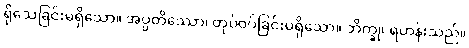
ရိုသေခြင်းမရှိသော။ အပ္ပတိဿော၊ တုပ်ဝပ်ခြင်းမရှိသော။ ဘိက္ခု၊ ရဟန်းသည်။